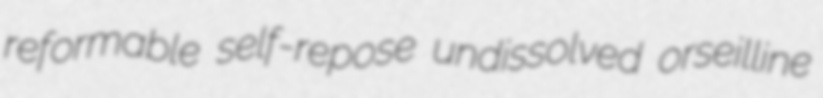
reformable self-repose undissolved orseilline